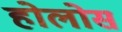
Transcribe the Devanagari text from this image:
होलोस